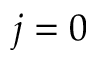
j = 0